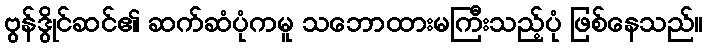
ဗွန်ဒွိုင်ဆင်၏ ဆက်ဆံပုံကမူ သဘောထားမကြီးသည့်ပုံ ဖြစ်နေသည်။